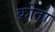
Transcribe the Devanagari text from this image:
क्रोता